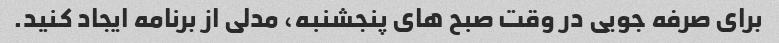
برای صرفه جویی در وقت صبح های پنجشنبه، مدلی از برنامه ایجاد کنید.